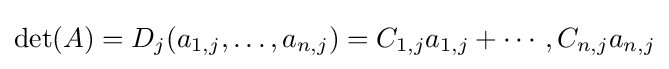
\det(A)=D_{j}(a_{1,j},\ldots ,a_{n,j})=C_{1,j}a_{1,j}+\cdots ,C_{n,j}a_{n,j}